Report of the Indian Hemp Drugs Commission, 1894-1895 - Volume VII
Year: 1894
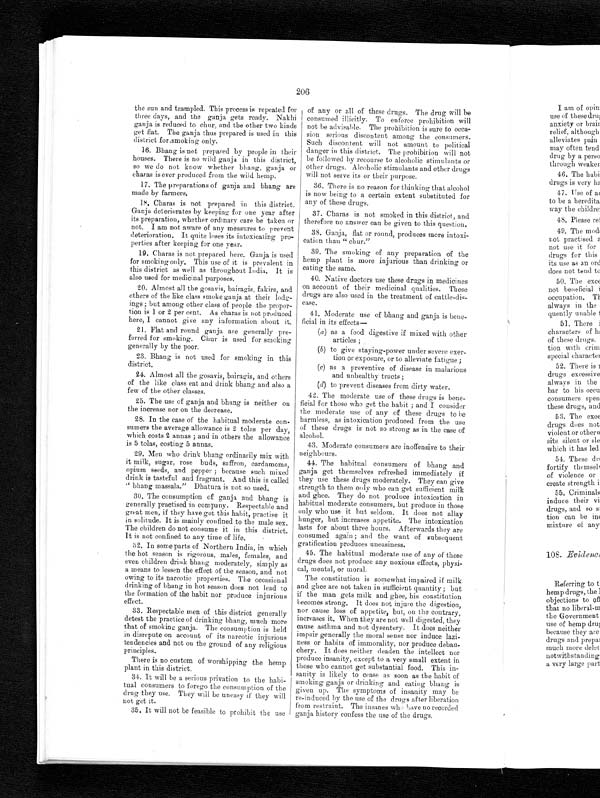
206
the sun and trampled. This process is repeated for
three days, and the ganja gets ready. Nakhi
ganja is reduced to chur, and the other two kinds
get flat. The ganja thus prepared is used in this
district for smoking only.
16. Bhang is not prepared by people in their
houses. There is no wild ganja in this district,
so we do not know whether bhang, ganja or
charas is ever produced from the wild hemp.
17. The preparations of ganja and bhang are
made by farmers.
18.
Charas is not prepared in this district.
Ganja deteriorates by keeping for one year after
its preparation, whether ordinary care be taken or
not. I am not aware of any measures to prevent
deterioration. It quite loses its intoxicating pro-
perties after keeping for one year.
19. Charas is not prepared here. Ganja is used
for smoking only. This use of it is prevalent in
this district as well as throughout India. It is
also used for medicinal purposes.
20. Almost all the gosavis, bairagis, fakirs, and
others of the like class smoke ganja at their lodg-
ings ; but among other class of people the propor-
tion is 1 or 2 per cent. As Charas is not produced
here, I cannot give any information about it.
21. Flat and round ganja are generally pre-
ferred for smoking. Chur is used for smoking
generally by the poor.
23. Bhang is not used for smoking in this
district.
24. Almost all the gosavis, bairagis, and others
of the like class eat and drink bhang and also a
few of the other classes.
25. The use of ganja and bhang is neither on
the increase nor on the decrease.
28. In the case of the habitual moderate con-
sumers the average allowance is 2 tolas per day,
which costs 2 annas ; and in others the allowance
is 5 tolas, costing 5 annas.
29. Men who drink bhang ordinarily mix with
it milk, sugar, rose buds, saffron, cardamoms,
opium seeds, and pepper ; because such mixed
drink is tasteful and fragrant. And this is called
bhang massala." Dhatura is not so used.
30. The consumption of ganja and bhang is
generally practised in company. Respectable and
great men, if they have got this habit, practise it
in solitude. It is mainly confined to the male sex.
The children do not consume it in this district.
It is not confined to any time of life.
32. In some parts of Northern India, in which
the hot season is rigorous, males, females, and
even children drink bhang moderately, simply as
a means to lessen the effect of the season, and not
owing to its narcotic properties. The occasional
drinking of bhang in hot season does not lead to
the formation of the habit nor produce injurious
effect.
33. Respectable men of this district generally
detest the practice of drinking bhang, much more
that of smoking ganja. The consumption is held
in disrepute on account of its narcotic injurious
tendencies and not on the ground of any religious
principles.
There is no custom of worshipping the hemp
plant in this district.
34. It will be a serious privation to the habi-
tual consumers to forego the consumption of the
drug they use. They will be uneasy if they will
not get it.
35. It will not be feasible to prohibit the use
of any or all of these drugs. The drug will be
consumed illicitly. To enforce prohibition will
not be advisable. The prohibition is sure to occa-
sion serious discontent among the consumers.
Such discontent will not amount to political
danger in this district. The prohibition will not
be followed by recourse to alcoholic stimulants or
other drugs. Alcoholic stimulants and other drugs
will not serve its or their purpose.
36. There is no reason for thinking that alcohol
is now being to a certain extent substituted for
any of these drugs.
37. Charas is not smoked in this district, and
therefore no answer can be given to this question.
38. Ganja, flat or round, produces more intoxi-
cation than " chur."
39. The smoking of any preparation of the
hemp plant is more injurious than drinking or
eating the same.
40. Native doctors use these drugs in medicines
on account of their medicinal qualities. These
drugs are also used in the treatment of cattle-dis-
ease.
41. Moderate use of bhang and ganja is bene-
ficial in its effects
(a) as a food digestive if mixed with other
articles ;
(b) to give staying-power under severe exer-
tion or exposure, or to alleviate fatigue ;
(c) as a preventive of disease in malarious
and unhealthy tracts ;
(d) to prevent diseases from dirty water.
42. The moderate use of these drugs is bene-
ficial for those who get the habit ; and I consider
the moderate use of any of these drugs to be
harmless, as intoxication produced from the use
of these drugs is not so strong as in the case of
alcohol.
43. Moderate consumers are inoffensive to their
neighbours.
44. The habitual consumers of bhang and
ganja get themselves refreshed immediately if
they use these drugs moderately. They can give
strength to them only who can get sufficient milk
and ghee. They do not produce intoxication in
habitual moderate consumers, but produce in those
only who use it but seldom. It does not allay
hunger, but increases appetite. The intoxication
lasts for about three hours. Afterwards they are
consumed again ; and the want of subsequent
gratification produces uneasiness.
45. The habitual moderate use of any of these
drugs does not produce any noxious effects, physi-
cal, mental, or moral.
The constitution is somewhat impaired if milk
and ghee are not taken in sufficient quantity ; but
if the man gets milk and ghee, his constitution
becomes strong. It does not injure the digestion,
nor cause loss of appetite, but, on the contrary,
increases it. When they are not well digested, they
cause asthma and not dysentery. It does neither
impair generally the moral sense nor induce lazi-
ness or habits of immorality, nor produce debau-
chery. It does neither deaden the intellect nor
produce insanity, except to a very small extent in
those who cannot get substantial food. This in-
sanity is likely to cease as soon as the habit of
smoking ganja or drinking and eating bhang is
given up. The symptoms of insanity may be
re-induced by the use of the drugs after liberation
from restraint. The insanes who have no recorded
ganja history confess the use of the drugs.